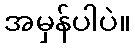
အမှန်ပါပဲ။